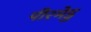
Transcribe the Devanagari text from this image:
पीरमेडु